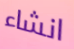
انشاء